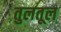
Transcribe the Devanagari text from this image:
तुलतूल